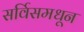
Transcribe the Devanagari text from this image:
सर्विसमधून